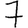
Digit: 7